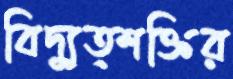
বিদ্যুত্শক্তির